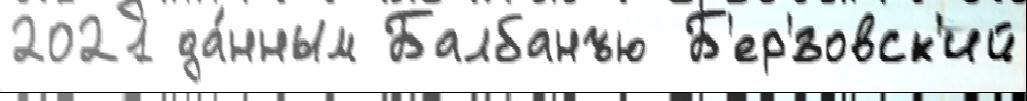
2021 да́нным Балбанъю Б'ер'́зовск'ий